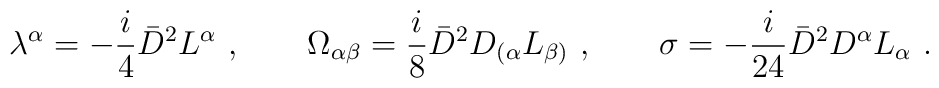
\lambda^\alpha=-\frac{i}{4}{\bar D}^2 L^\alpha\ ,\qquad\Omega_{\alpha\beta}=\frac{i}{8}{\bar D}^2 D_{(\alpha}L_{\beta)}\ ,\qquad\sigma=-\frac{i}{24}{\bar D}^2 D^\alpha L_\alpha\ .